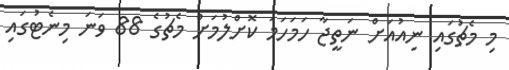
މި މެޗުގައި ނިއުއަށް ނަތީޖާ ހަމަހަމަ ކޮށްލުމަށް މެޗުގެ 88 ވަނަ މިނެޓުގައި